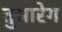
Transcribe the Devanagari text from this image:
तुआरेग